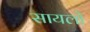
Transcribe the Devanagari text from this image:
सायलो